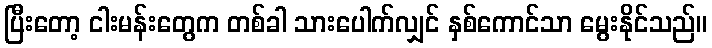
ပြီးတော့ ငါးမန်းတွေက တစ်ခါ သားပေါက်လျှင် နှစ်ကောင်သာ မွေးနိုင်သည်။